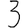
Digit: 3